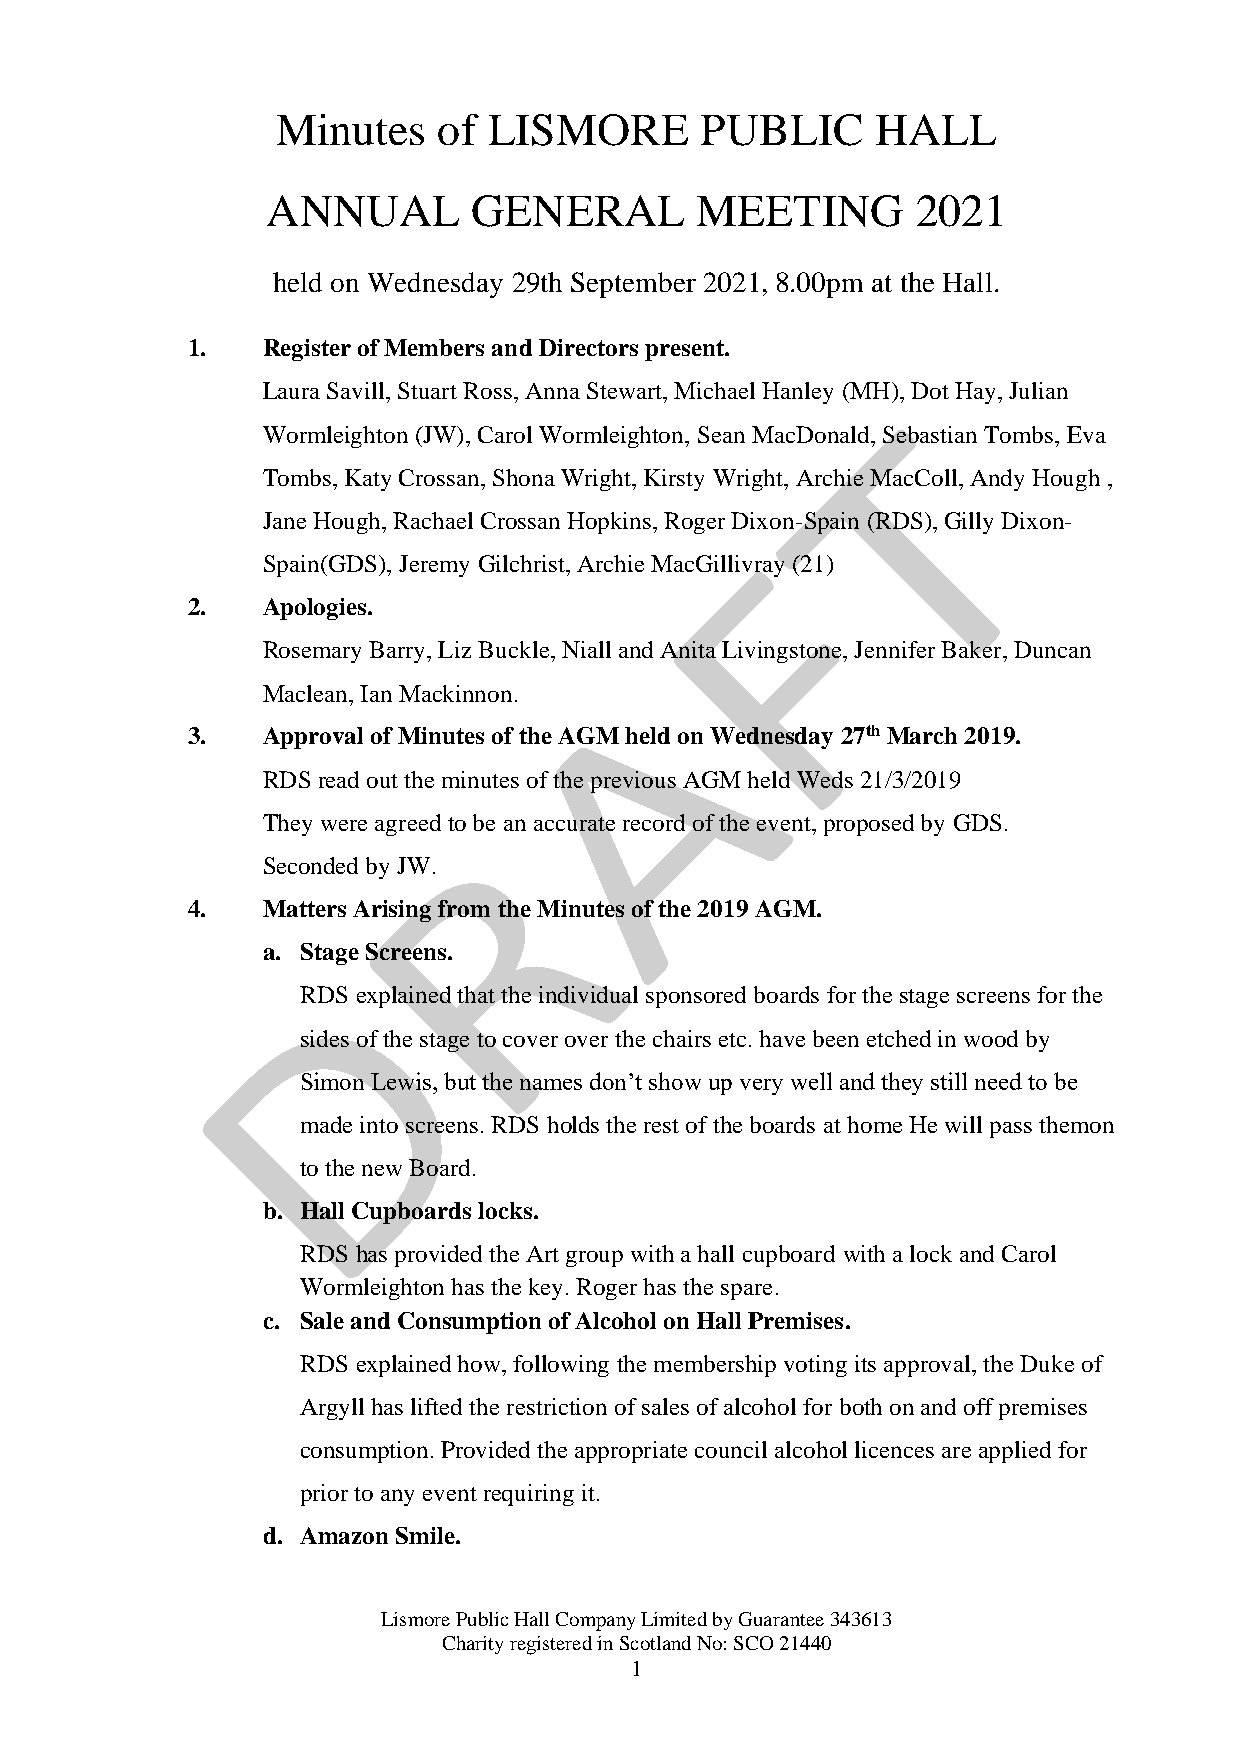
Minutes    of LISMORE       PUBLIC      HALL
 ANNUAL       GENERAL        MEETING        2021
 held on Wednesday 29th September 2021, 8.00pm at the Hall.
 1.   Register of Members and Directors present.
 Laura Savill, Stuart Ross, Anna Stewart, Michael Hanley (MH), Dot Hay, Julian
 Wormleighton (JW), Carol Wormleighton, Sean MacDonald, Sebastian Tombs, Eva
 Tombs, Katy Crossan, Shona Wright, Kirsty Wright, Archie MacColl, Andy Hough ,
 Jane Hough, Rachael Crossan Hopkins, Roger Dixon-Spain (RDS), Gilly Dixon-
 Spain(GDS), Jeremy Gilchrist, Archie MacGillivray (21)
 2.   Apologies.
 Rosemary Barry, Liz Buckle, Niall and Anita Livingstone, Jennifer Baker, Duncan
 Maclean, Ian Mackinnon.
 3.   Approval of Minutes of the AGM held on Wednesday 27th March 2019.
 RDS read out the minutes of the previous AGM held Weds 21/3/2019
 They were agreed to be an accurate record of the event, proposed by GDS.
 Seconded by JW.
 4.   Matters Arising from the Minutes of the 2019 AGM.
 a. Stage Screens.
 RDS explained that the individual sponsored boards for the stage screens for the
 sides of the stage to cover over the chairs etc. have been etched in wood by
 Simon Lewis, but the names don’t show up very well and they still need to be
 made into screens. RDS holds the rest of the boards at home He will pass themon
 to the new Board.
 b. Hall Cupboards locks.
 RDS has provided the Art group with a hall cupboard with a lock and Carol
 Wormleighton has the key. Roger has the spare.
 c. Sale and Consumption of Alcohol on Hall Premises.
 RDS explained how, following the membership voting its approval, the Duke of
 Argyll has lifted the restriction of sales of alcohol for both on and off premises
 consumption. Provided the appropriate council alcohol licences are applied for
 prior to any event requiring it.
 d. Amazon Smile.
 Lismore Public Hall Company Limited by Guarantee 343613
 Charity registered in Scotland No: SCO 21440
 1